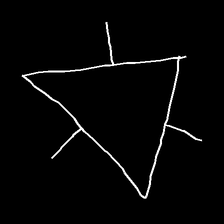
Glyph: fire